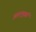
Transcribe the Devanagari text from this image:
आतापुएर्सा